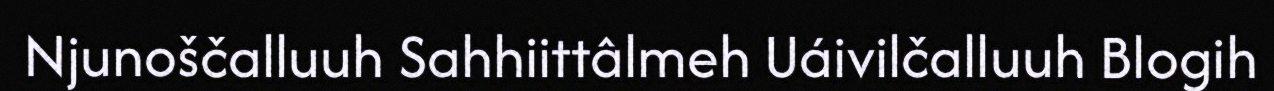
Njunoščalluuh Sahhiittâlmeh Uáivilčalluuh Blogih